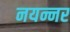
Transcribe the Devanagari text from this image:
नयन्नर